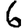
Digit: 6